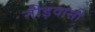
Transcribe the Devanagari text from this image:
नीड़वासी